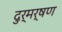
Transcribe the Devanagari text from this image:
दुर्मर्षण